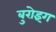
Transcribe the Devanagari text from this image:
बुरोइंग